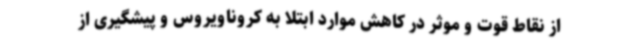
از نقاط قوت و موثر در کاهش موارد ابتلا به کروناویروس و پیشگیری از